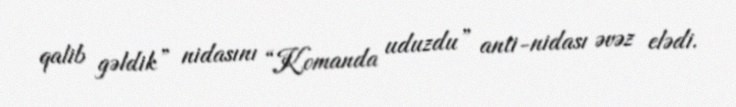
qalib gəldik” nidasını “Komanda uduzdu” anti-nidası əvəz elədi.